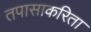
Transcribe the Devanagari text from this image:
तपासाकरिता